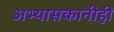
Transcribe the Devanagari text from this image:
अभ्यासकानीही